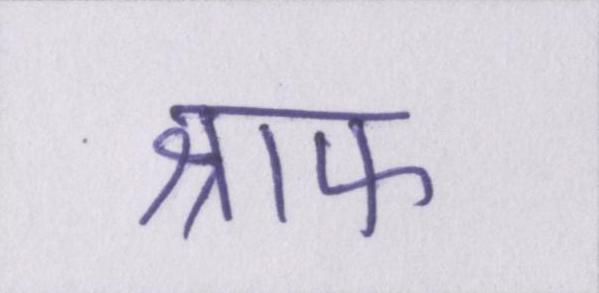
श्राफ